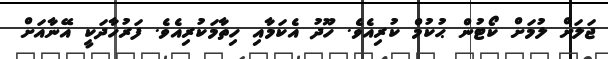
ޖަލަށް ލުމަށް ކޯޓުން ޙުކުމް ކުރިއެވެ. ހޫދު އެކަމާއި ހިތާމަކުރިއެވެ. ފަރުހާދަކީ އޭނާއަށް